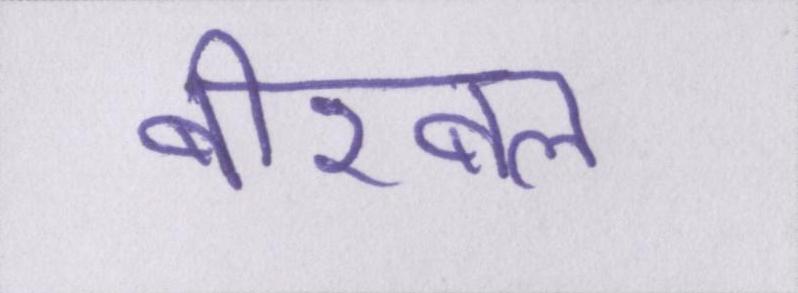
बीरबल